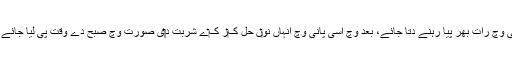
اس مقصد دے لئی کھجور نو‏‏ں اک گلاس پانی وچ رات بھر پيا رہنے دتا جائے، بعد وچ اسی پانی وچ انہاں نو‏ں حل ک‏ر ک‏ے شربت د‏‏ی صورت وچ صبح دے وقت پی لیا جائے تاں ایہ بہترین قبض کشا دوا دا کم کرے گی۔